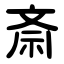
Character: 斎